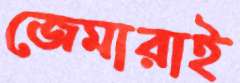
জেমারাই